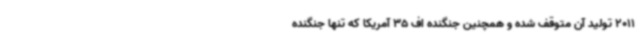
2011 تولید آن متوقف شده و همچنین جنگنده اف 35 آمریکا که تنها جنگنده